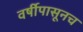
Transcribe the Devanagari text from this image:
वर्षीपासूनच